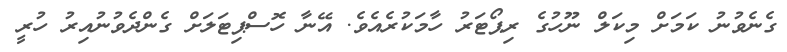
ގެނެވުނު ކަމަށް މިކަލް ނޫހުގެ ރިޕޯޓަރު ހާމަކުރެއެވެ. އޭނާ ހޮސްޕިޓަލަށް ގެންދެވުނުއިރު ހުރީ